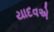
યાદવએ